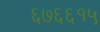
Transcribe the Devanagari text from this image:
६७६६१५